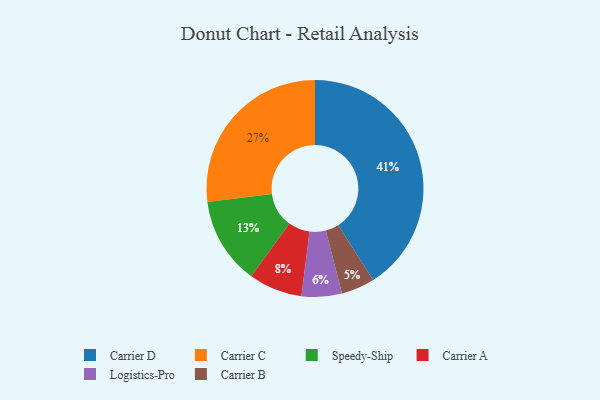
{"axis": {"x": "Category", "y": "Percentage"}, "legend": ["Carrier A", "Carrier B", "Carrier C", "Carrier D", "Logistics-Pro", "Speedy-Ship"], "data": [{"x": "Carrier B", "y": 5, "type": "Carrier B"}, {"x": "Carrier A", "y": 8, "type": "Carrier A"}, {"x": "Carrier D", "y": 41, "type": "Carrier D"}, {"x": "Speedy-Ship", "y": 13, "type": "Speedy-Ship"}, {"x": "Carrier C", "y": 27, "type": "Carrier C"}, {"x": "Logistics-Pro", "y": 6, "type": "Logistics-Pro"}]}